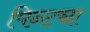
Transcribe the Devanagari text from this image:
पिन्ट्या